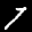
Label: 7